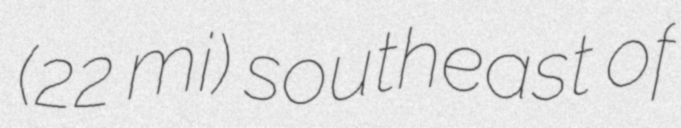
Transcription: (22 mi) southeast of